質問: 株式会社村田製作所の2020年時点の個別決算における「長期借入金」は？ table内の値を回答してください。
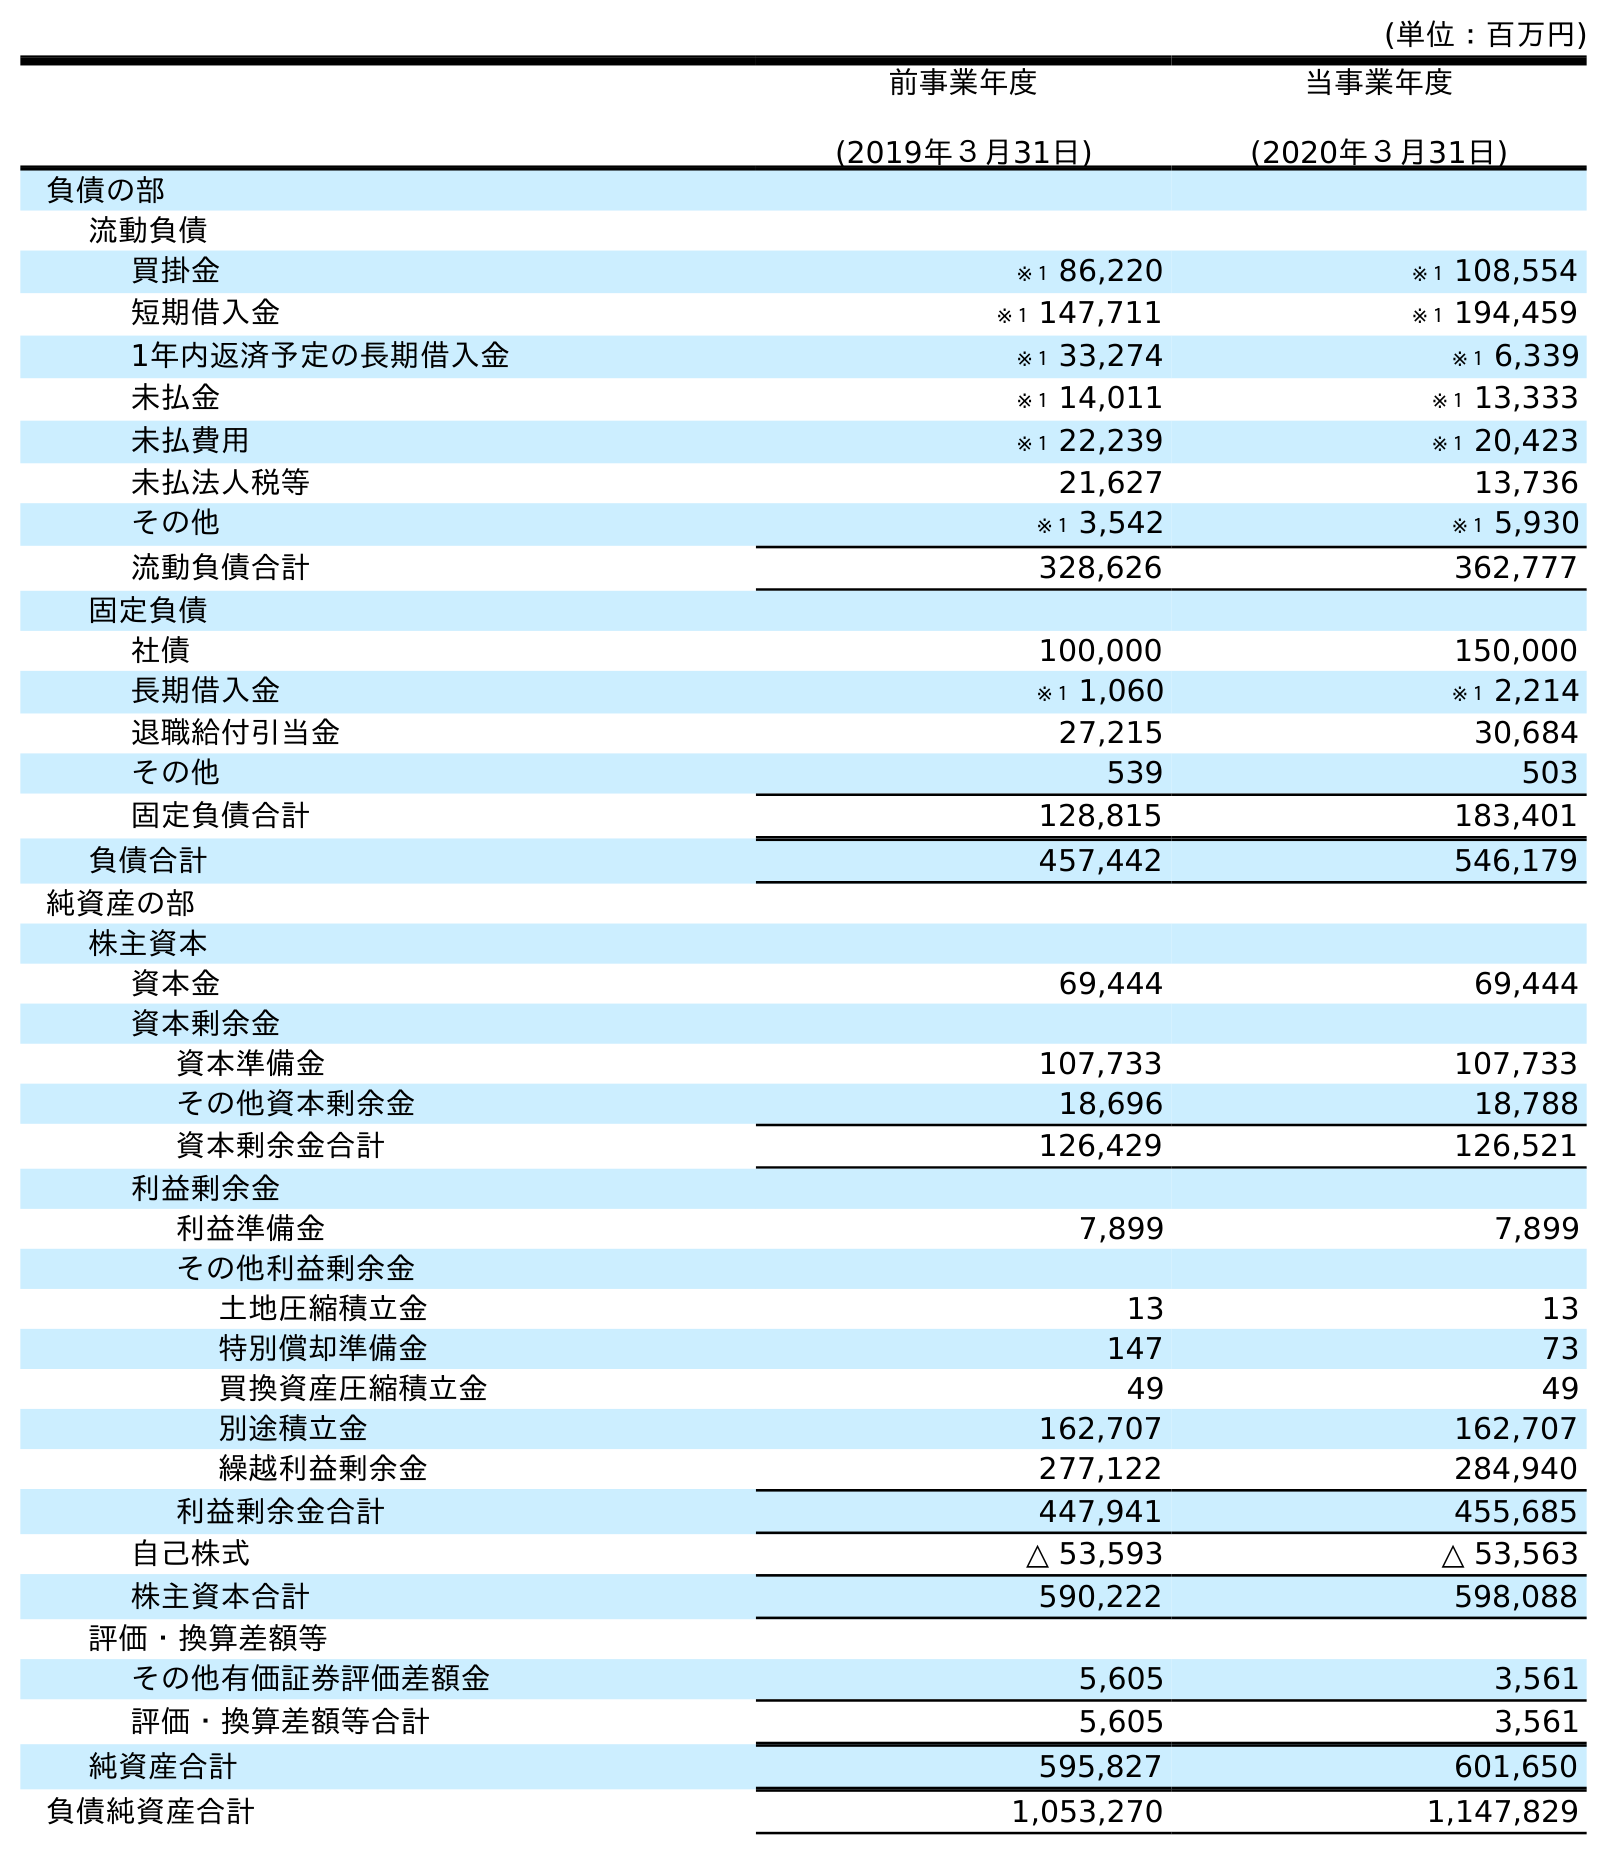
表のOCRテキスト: (単位：百万円) 前事業年度 (2019年３月31日) 当事業年度 (2020年３月31日) 負債の部 流動負債 買掛金 ※１ 86,220 ※１ 108,554 短期借入金 ※１ 147,711 ※１ 194,459 1年内返済予定の長期借入金 ※１ 33,274 ※１ 6,339 未払金 ※１ 14,011 ※１ 13,333 未払費用 ※１ 22,239 ※１ 20,423 未払法人税等 21,627 13,736 その他 ※１ 3,542 ※１ 5,930 流動負債合計 328,626 362,777 固定負債 社債 100,000 150,000 長期借入金 ※１ 1,060 ※１ 2,214 退職給付引当金 27,215 30,684 その他 539 503 固定負債合計 128,815 183,401 負債合計 457,442 546,179 純資産の部 株主資本 資本金 69,444 69,444 資本剰余金 資本準備金 107,733 107,733 その他資本剰余金 18,696 18,788 資本剰余金合計 126,429 126,521 利益剰余金 利益準備金 7,899 7,899 その他利益剰余金 土地圧縮積立金 13 13 特別償却準備金 147 73 買換資産圧縮積立金 49 49 別途積立金 162,707 162,707 繰越利益剰余金 277,122 284,940 利益剰余金合計 447,941 455,685 自己株式 △ 53,593 △ 53,563 株主資本合計 590,222 598,088 評価・換算差額等 その他有価証券評価差額金 5,605 3,561 評価・換算差額等合計 5,605 3,561 純資産合計 595,827 601,650 負債純資産合計 1,053,270 1,147,829
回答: ※１2,214